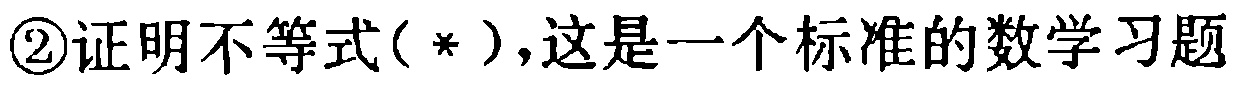
\textcircled{2}证明不等式（*），这是一个标准的数学习题